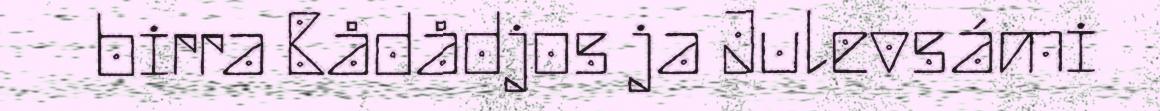
birra Bådådjos ja Julevsámi